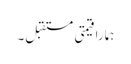
ہمارا قیمتی مستقبل۔